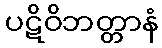
ပဋိဝိဘတ္တာနံ